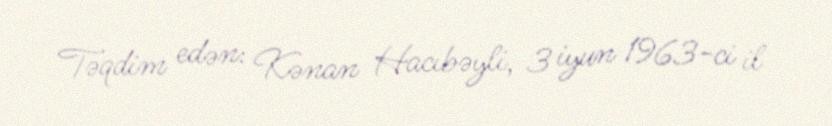
Təqdim edən: Kənan Hacıbəyli, 3 iyun 1963-ci il